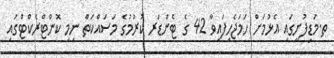
ތ.މަޑިފުށީގައި އެޅުމަށް ހަމަޖެހިފައިވާ 42 ގެ ޓެންޑަރ ކުރުމުގެ މަސައްކަތް ނިމި ކޮންޓްރެކްޓްގައި